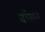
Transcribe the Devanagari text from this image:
वॉसन